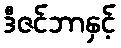
ဒီဇင်ဘာနှင့်